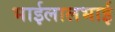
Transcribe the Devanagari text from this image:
भाईलालभाई